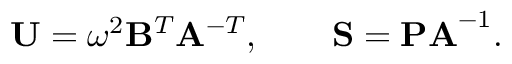
\mathbf { U } = \omega ^ { 2 } \mathbf { B } ^ { T } \mathbf { A } ^ { - T } , \qquad \mathbf { S } = \mathbf { P A } ^ { - 1 } .